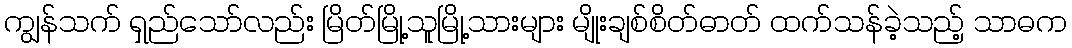
ကျွန်သက် ရှည်သော်လည်း မြိတ်မြို့သူမြို့သားများ မျိုးချစ်စိတ်ဓာတ် ထက်သန်ခဲ့သည့် သာဓက